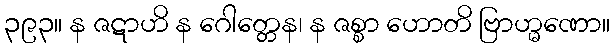
၃၉၃။ န ဇဋာဟိ န ဂေါတ္တေန၊ န ဇစ္စာ ဟောတိ ဗြာဟ္မဏော။